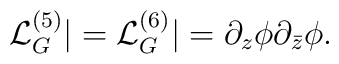
{\mathcal L}_G^{(5)} |={\mathcal L}_G^{(6)} |= \partial_z\phi \partial_{\bar z}\phi.